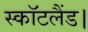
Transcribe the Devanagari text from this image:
स्कॉटलैंड।